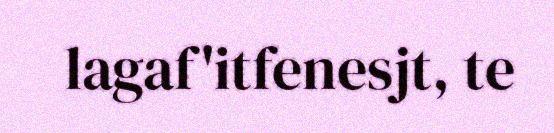
lagaf'itfenesjt, te